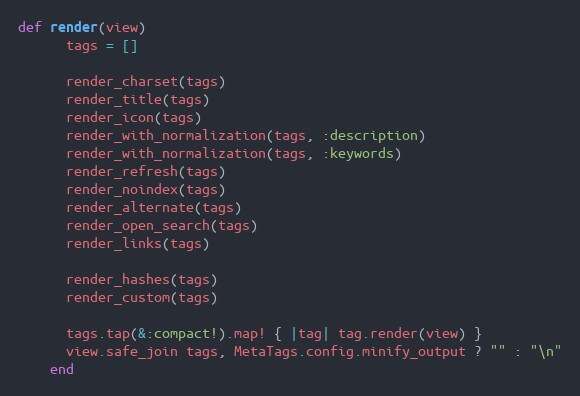
Language: Ruby
def render(view)
      tags = []

      render_charset(tags)
      render_title(tags)
      render_icon(tags)
      render_with_normalization(tags, :description)
      render_with_normalization(tags, :keywords)
      render_refresh(tags)
      render_noindex(tags)
      render_alternate(tags)
      render_open_search(tags)
      render_links(tags)

      render_hashes(tags)
      render_custom(tags)

      tags.tap(&:compact!).map! { |tag| tag.render(view) }
      view.safe_join tags, MetaTags.config.minify_output ? "" : "\n"
    end